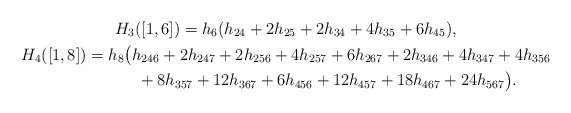
\begin{gather*}H_{3}([1,6])=h_{6}(h_{24} +2 h_{25}+ 2 h_{34}+4 h_{35}+6 h_{45}),\\H_4([1,8])=h_{8}\big(h_{246} +2 h_{247}+ 2 h_{256}+4 h_{257}+6 h_{267} +2 h_{346}+ 4 h_{347}+ 4 h_{356} \\\hphantom{H_4([1,8])=}{} +8 h_{357} +12 h_{367} + 6 h_{456}+ 12 h_{457} + 18 h_{467} +24 h_{567}\big).\end{gather*}